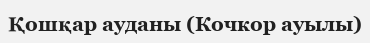
Қошқар ауданы (Кочкор ауылы)